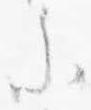
参